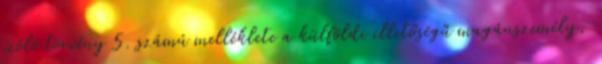
szóló törvény 5. számú melléklete a külföldi illetőségű magánszemély,